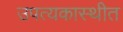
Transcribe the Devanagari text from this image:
उपत्यकास्थीत